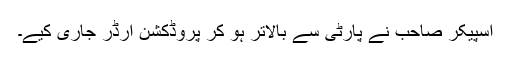
اسپیکر صاحب نے پارٹی سے بالاتر ہو کر پروڈکشن آرڈر جاری کیے۔